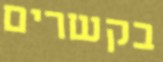
בקשרים